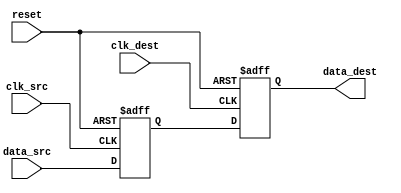
module pulsed_synchronizer #(
    parameter WIDTH = 1  // Parameter for data width
)(
    input wire clk_src,          // Clock signal from the source domain
    input wire clk_dest,         // Clock signal from the destination domain
    input wire [WIDTH-1:0] data_src, // Data signal from the source domain
    output reg [WIDTH-1:0] data_dest, // Synchronized data signal
    input wire reset             // Reset signal for synchronous reset
);

    // Internal signals for the flip-flops
    reg [WIDTH-1:0] ff1_data;   // First flip-flop output

    // First stage: Capture data from source clock
    always @(posedge clk_src or posedge reset) begin
        if (reset)
            ff1_data <= {WIDTH{1'b0}};
        else
            ff1_data <= data_src;  // Capture the data from the source
    end

    // Second stage: Send data to destination clock
    always @(posedge clk_dest or posedge reset) begin
        if (reset)
            data_dest <= {WIDTH{1'b0}};
        else
            data_dest <= ff1_data;  // Synchronize the captured data
    end

endmodule